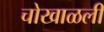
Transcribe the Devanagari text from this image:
चोखाळली